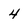
Character: 4